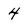
Character: 4